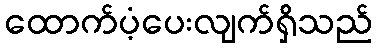
ထောက်ပံ့ပေးလျက်ရှိသည်